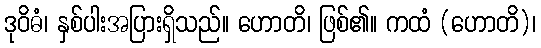
ဒုဝိဓံ၊ နှစ်ပါးအပြားရှိသည်။ ဟောတိ၊ ဖြစ်၏။ ကထံ (ဟောတိ)၊